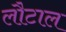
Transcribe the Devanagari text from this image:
लौटाल